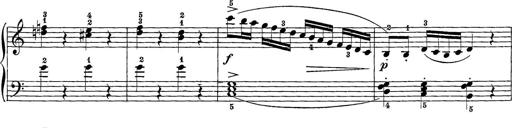
Title: 12 Sonatine per Pianoforte
Composer: Friedrich Kuhlau